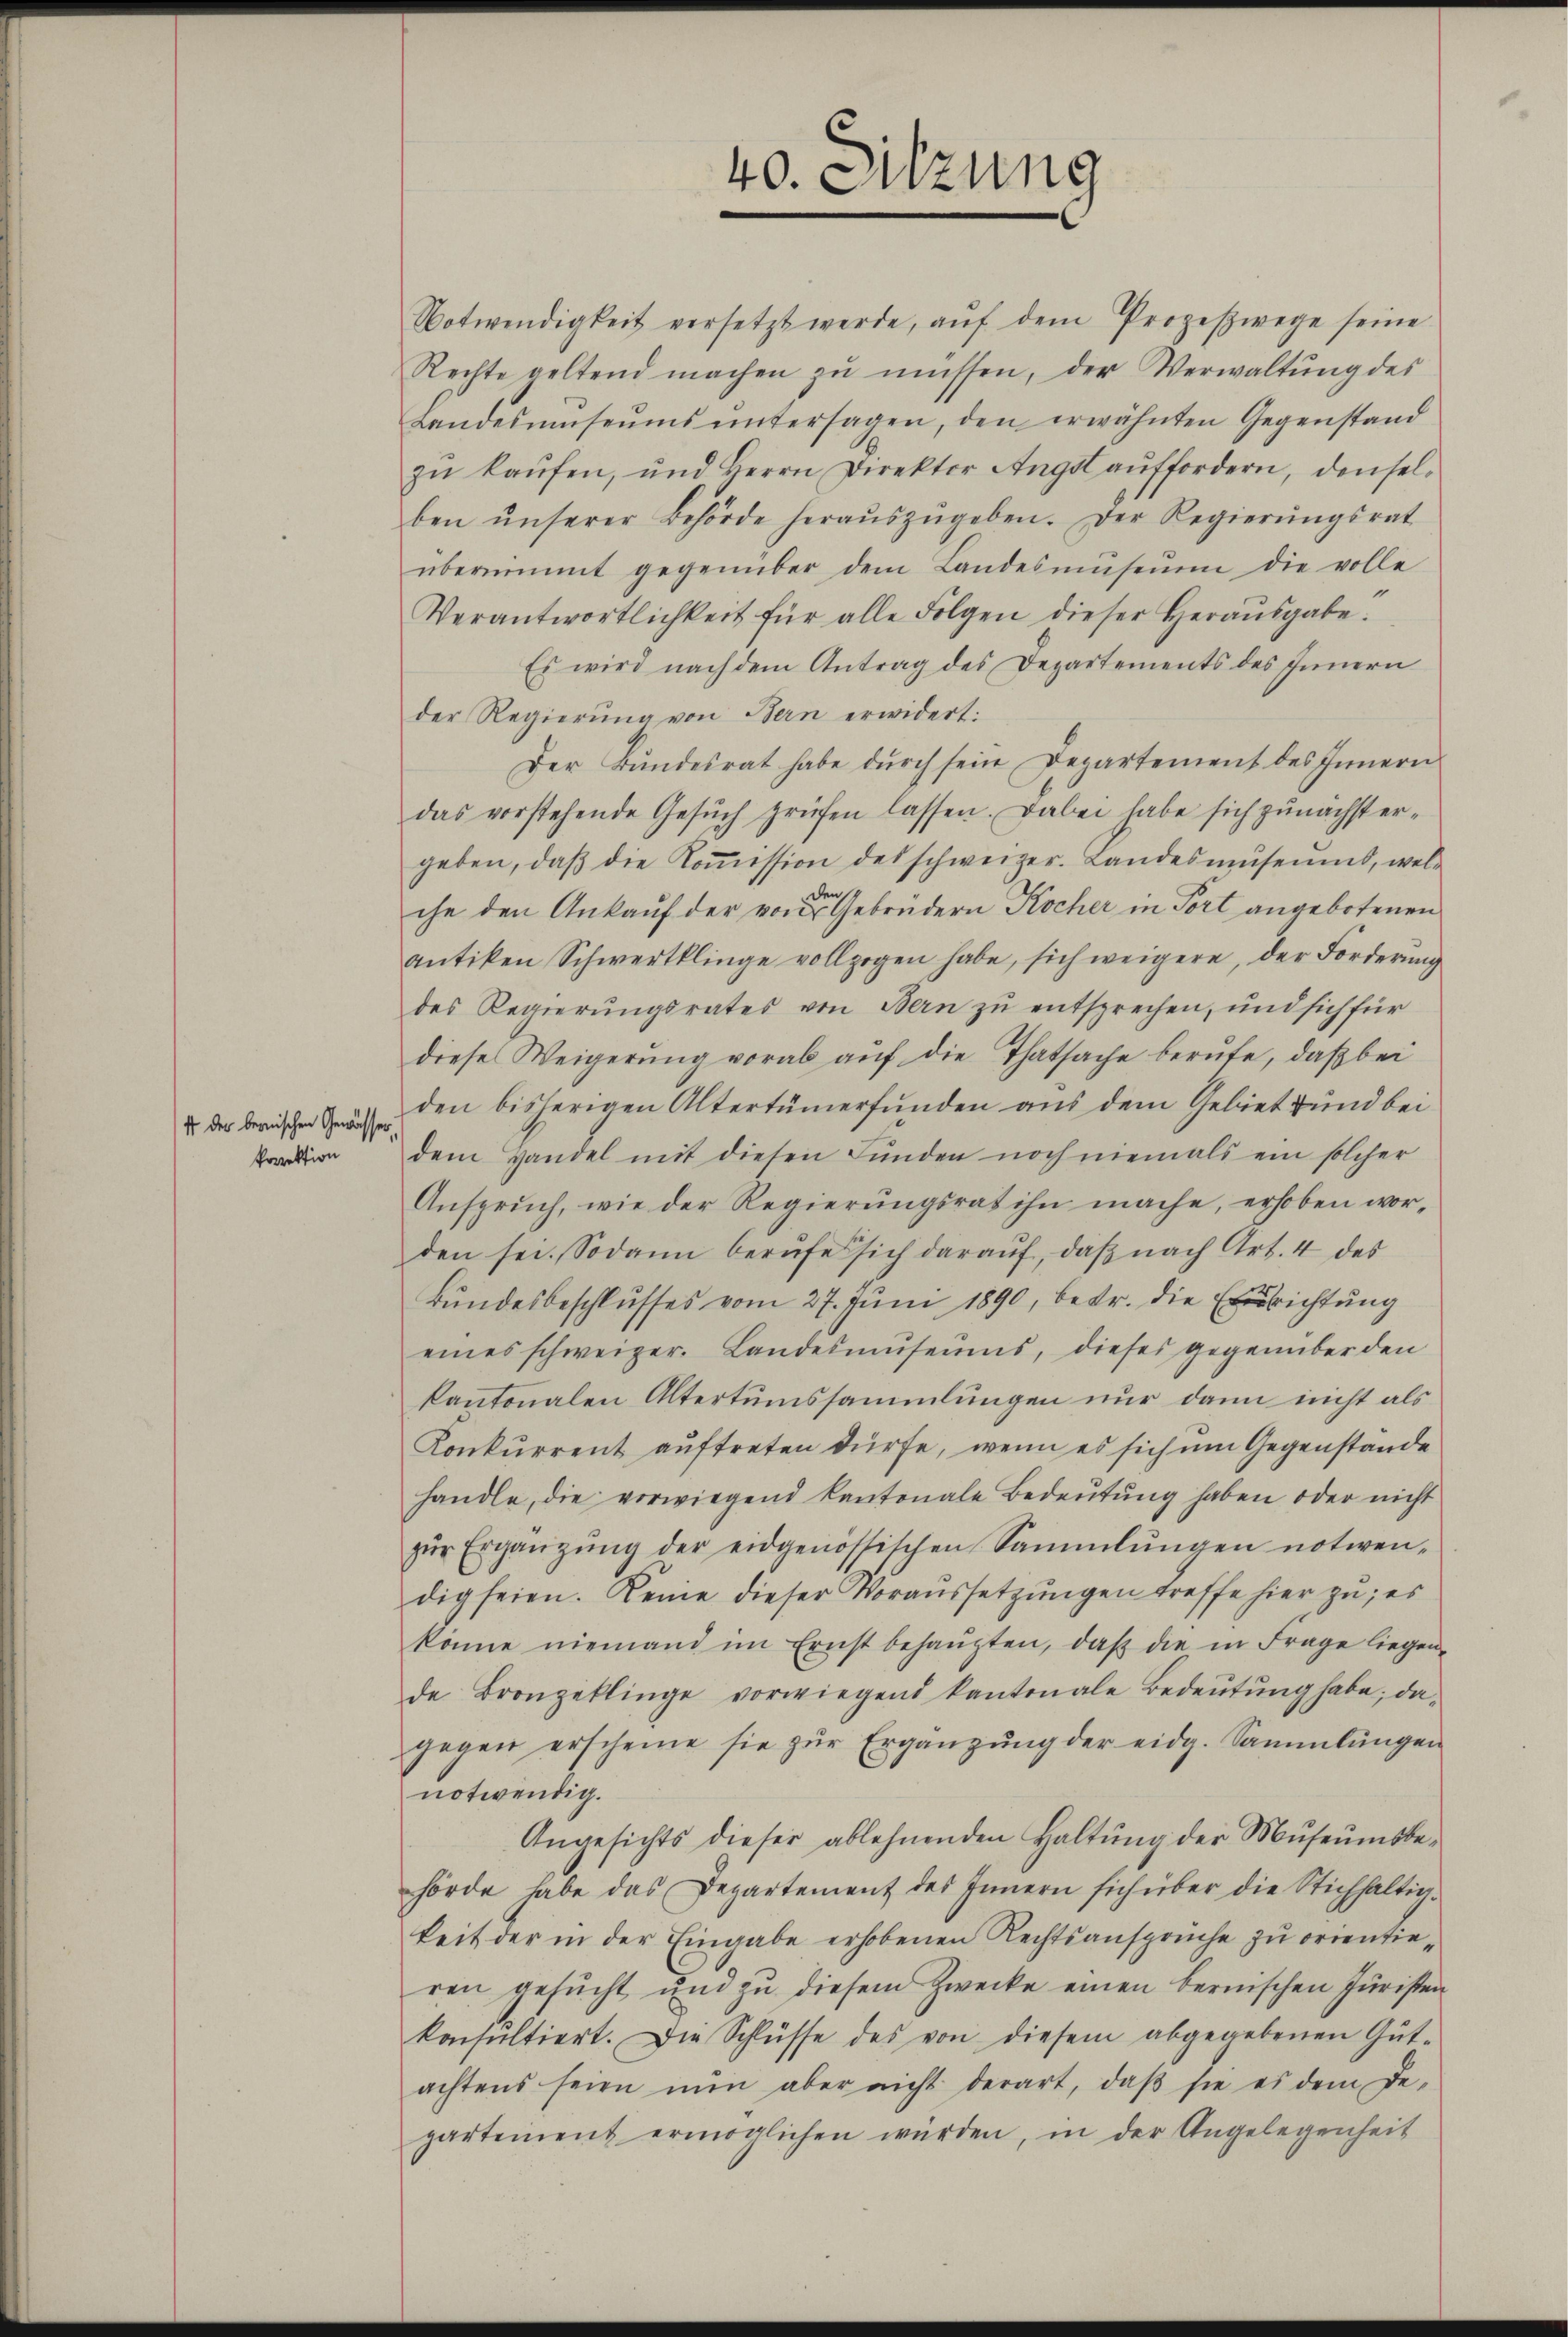
it der bernischen Gewässer.
krirektion

Notwendigkeit versetzt werde, aŭf dem Prozeswege seine
Rechte geltend machen zŭ müssen, der Verwaltŭng des
Landesŭmseŭms ŭntersagen, den erwähnten Gegenstand
ben ŭnserer Behörde heraŭszŭgeben. Der Regierŭngsrat
übernimmt gegenüber dem Landesmŭseŭm die volle
Verantwortlichkeit für alle Folgen dieser Heraŭsgabe.

40. Sitzung

zŭ kaŭfen, und Herrn Direktor Angst auffordern, densel¬
Es wird nach dem Antrag des Departements des Innern
der Regierung von Bern erwidert:
Der Bundesrat habe dŭrch sein Departement des Innern
das vorstehende Gesŭch prüfen lassen. Dabei habe sich zunächst ergeben, daβ die Koṁission des schweizer. Landesmŭseums, welden s
che den Ankauf der von Gebrüdern Kocher in Fort angebotenen
rntiken Schwertklinge vollzogen habe, sich weigere, der Forderung
des Regierŭngsrates von Bern zŭ entsprechen, und sich für
diese Weigerung vorab auf die Thatsache berufe, daß bei
den bisherigen Altertümerfŭnden aus dem Gebiet und bei
dem Handel mit diesen Funden noch niemals ein solcher
Ansprŭch, wie der Regierŭngsrat ihn mache, erhoben worden sei. Sodann berufe sich darauf, daß nach Art. 4 des
Bŭndesbeschlŭsses vom 27. Jŭni 1890, betr. die Errichtung
eines schweizer. Landesmuseums, dieses gegenüber den
kantonalen Altertumssammlungen nur dann nicht als
Konkurrent auftreten dürfe, wenn es sich um Gegenstände
handle, die vorwiegend Kantonale Bedeŭtŭng haben oder nicht
zŭr Ergänzŭng der eidgenössischen Sammlungen notwen-
dig seien. Keine dieser Voraussetzŭngen treffe hier zu; es
könne niemand im Ernst behaupten, daß die in Frage liegende Bronzeklinge vorwiegend kantonale Bedeŭtŭng habe; dagegen erscheine sie zŭr Ergänzŭng der eidg. Sammlungen
notwendig.
Angesichts dieser ablehnenden Haltŭng der Museumsbe-
hörde habe das Departement des Innern sich über die Stichhaltig-
keit der in der Eingabe erhobenen Rechtsansprüche zu orientieren gesucht und zu diesem Zwecke einen bernischen Juristen
konsultiert. Die Schlüsse des von diesem abgegebenen Gut-
achtens seien nŭn aber nicht derart, daβ sie es dem De-
partement ermöglichen werden, in der Angelegenheit